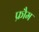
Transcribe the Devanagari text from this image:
फ्रौम